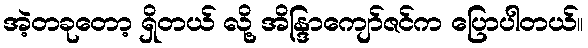
အဲ့တခုတော့ ရှိတယ် လို့ အိန္ဒြာကျော်ဇင်က ပြောပါတယ်။